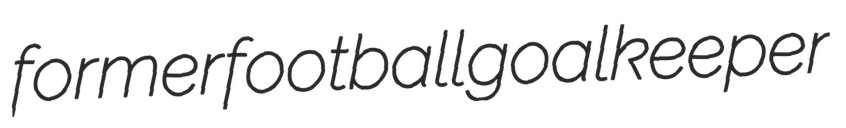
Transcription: former football goalkeeper